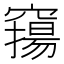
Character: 𥨛